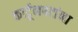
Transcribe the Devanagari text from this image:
कार्टूनपटांना